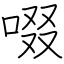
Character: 啜